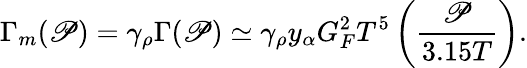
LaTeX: \Gamma_{m}(\mathscr{P})=\gamma_{\rho}\Gamma(\mathscr{P})\simeq\gamma_{\rho}y_{\alpha}G_{F}^{2}T^{5}\left({\frac{{\mathscr{P}}}{{3.15T}}}\right).